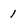
Character: 1